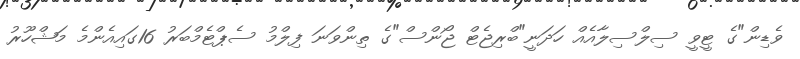
ވެޑިން"ގެ ޓީވީ ސިލްސިލާއެއް ހަދަނީ"ބްރިޖެޓް ޖޯންސް"ގެ ތިންވަނަ ފިލްމު ސެޕްޓެމްބަރު 16ގައިއެންމެ މަޝްހޫރު